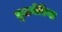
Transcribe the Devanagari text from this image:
तुलमेरिया